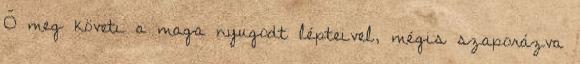
Ő meg követi a maga nyugodt lépteivel, mégis szaporázva